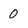
Character: 0